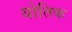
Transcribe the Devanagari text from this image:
योतिक